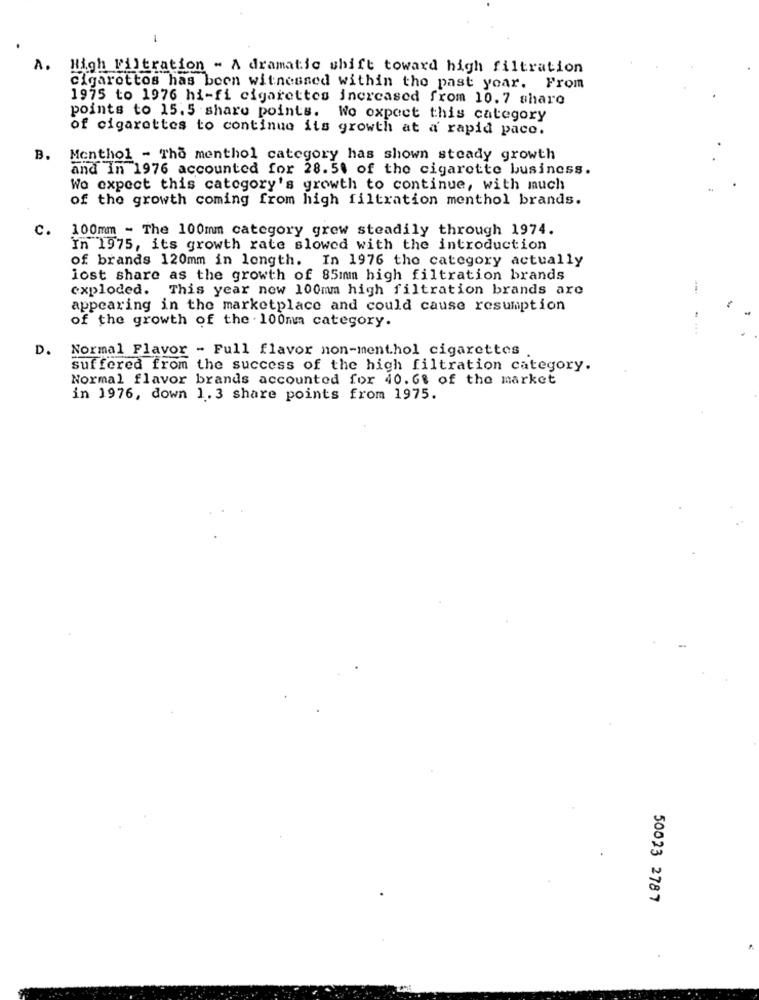
-
A. High Filtration - A dramatic shift toward high filtration
cigarottos has been witnessed within the past year. From
1975 to 1976 hi-fi cigarettes increased from 10.7 share
points to 15.5 share points. Wo expect this category
of cigarettes to continue its growth at a rapid pace.
B.
Menthol - Tho menthol category has shown steady growth
and in 1976 accounted for 28. 54 of the cigarette business.
Wo expect this category's growth to continue, with much
of the growth coming from high filtration menthol brands.
c.
100mm - The 100mm category grew steadily through 1974.
In 1975, its growth rate slowed with the introduction
of brands 120mm in length. In 1976 the category actually
lost share as the growth of 85mm high filtration brands
exploded. This year new 100mm high filtration brands are
appearing in the marketplace and could cause resumption
of the growth of the 100mm category.
D.
Normal Flavor - Full flavor non-menthol cigarettes
suffered from the success of the high filtration category.
Normal flavor brands accounted for 40.68 of the market
in 1976, down 1.3 share points from 1975.
50023 2787